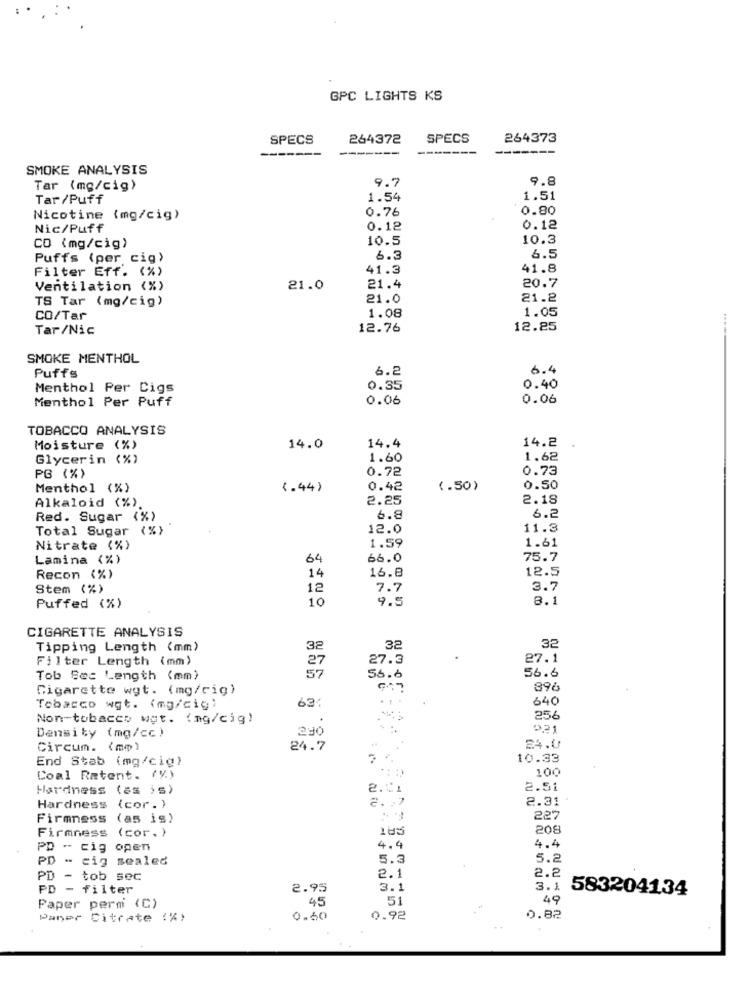
GPC LIGHTS KS
SPECS
264372
SPECS
264373
-----
-------
-------
-------
SMOKE ANALYSIS
9.7
9.8
Tar (mg/cig)
Tar/Puff
1.54
1.51
0.76
0.80
Nicotine (mg/cig)
Nic/Puff
0.12
0.12
10.5
10.3
CO (mg/cig)
6.5
Puffs (per cig)
6.3
Filter Eff. (%)
41.3
41.8
20.7
Ventilation (%)
21.0
21.4
TS Tar (mg/cig)
21.0
21.2
1.08
1.05
CO/Tar
Tar/Nic
12.76
12.25
SMOKE MENTHOL
6.2
6.4
Puffs
Menthol Per Cigs
0.35
0.40
Menthol Per Puff
0.06
0.06
TOBACCO ANALYSIS
14.2
Moisture (%)
14.0
14.4
Glycerin (%)
1.60
1.62
0.72
0.73
PG (%)
Menthol (%)
<. 44)
0.42
(.50)
0.50
2.25
2.18
Alkaloid (%).
6.2
Red. Sugar (%)
6.8
Total Sugar
(% )
12.0
11.3
1.59
1.61
Nitrate (%)
Lamina (%)
64
66.0
75.7
16.8
12.5
Recon (%)
14
Stem (%)
12
7.7
3.7
10
9.5
8.1
Puffed (%)
CIGARETTE ANALYSIS
Tipping Length (mm)
32
32
32
Filter Length (mm)
27
27.3
27.1
57
56.6
Tob Sec Length (mm)
56.6
Cigarette wyt. (mg/rig)
896
63.
640
Tobacco wgt. (mg/cig)
Non-tobacco wgt. (mg/cig)
OFC
256
Density (mg/cc)
221
Circum. (mm)
24.7
24.0
End Stab (mg/cig)
10.33
100
Coal Ratent. (V.)
Hardness (as ) s)
2.21
2.51
2.31 .
Hardness
(cor.)
Firmness
(as is)
227
Firmness
(cor. )
208
PD - cig open
4.4
4.4
PD - cig sealed
5.3
5.2
2.2
PD
tob sec
2.1
PD-
filter
2.95
3.1
3.1
583204134
45
51
49
Paper perm (C)
Paner Citrate :%)
0.60
0.92
0.82